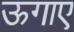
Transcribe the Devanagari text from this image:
ऊगाए